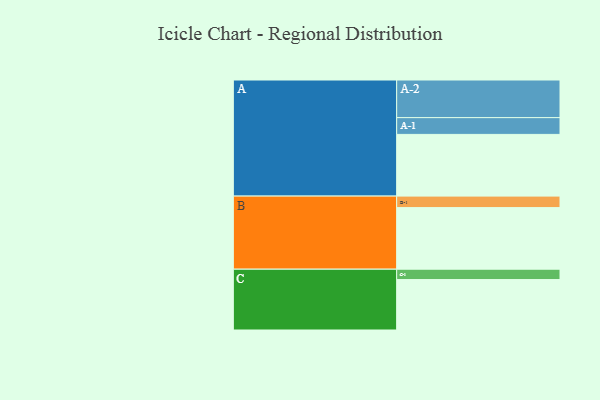
{"axis": {"x": "Segment", "y": "Value"}, "legend": ["", "A", "B", "C"], "data": [{"x": "A", "y": 482, "type": ""}, {"x": "B", "y": 481, "type": ""}, {"x": "C", "y": 394, "type": ""}, {"x": "A-1", "y": 131, "type": "A"}, {"x": "A-2", "y": 294, "type": "A"}, {"x": "B-1", "y": 90, "type": "B"}, {"x": "C-1", "y": 81, "type": "C"}]}